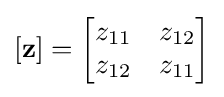
\left[\mathbf {z} \right]={\begin{bmatrix}z_{11}&z_{12}\\z_{12}&z_{11}\end{bmatrix}}